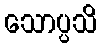
သောပ္ပသိ